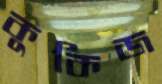
কুকিজ